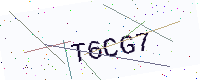
Text: T6CG7